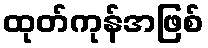
ထုတ်ကုန်အဖြစ်